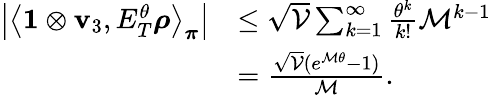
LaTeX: \begin{array}{rl}{\left\lvert\left\langle\mathbf{1}\otimes\mathbf{v}_{3},E_{T}^{\theta}\boldsymbol\rho\right\rangle_{\boldsymbol\pi}\right\rvert}&{\leq\sqrt{\mathcal{V}}\sum_{k=1}^{\infty}\frac{\theta^{k}}{k!}\mathcal{M}^{k-1}}\\ &{=\frac{\sqrt{\mathcal{V}}(e^{\mathcal{M}\theta}-1)}{\mathcal{M}}.}\end{array}